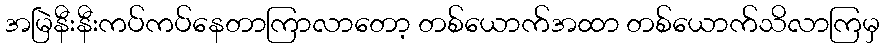
အမြဲနီးနီးကပ်ကပ်နေတာကြာလာတော့ တစ်ယောက်အထာ တစ်ယောက်သိလာကြမှ